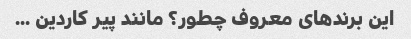
این برندهای معروف چطور؟ مانند پیر کاردین ...